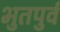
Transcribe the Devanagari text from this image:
भुतपुर्व